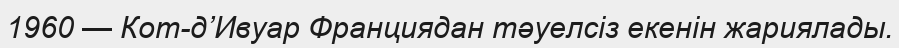
1960 — Кот-д’Ивуар Франциядан тәуелсіз екенін жариялады.